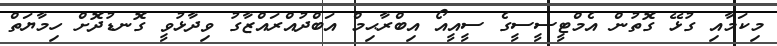
މިކަމާއި ގުޅޭ ގޮތުން އެމްޓީސީސީގެ ސީއީއޯ އިބްރާޙިމް އަބްދުއްރައްޒާގު ވިދާޅުވީ ގޮނޑުދޮށް ހިމާޔަތް